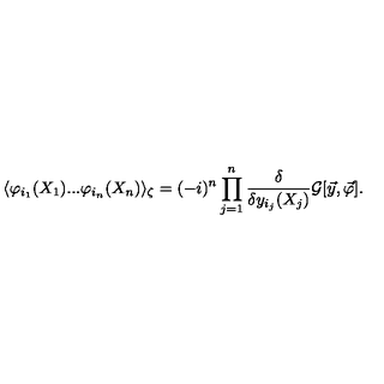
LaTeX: \langle \varphi _ { i _ { 1 } } ( X _ { 1 } ) . . . \varphi _ { i _ { n } } ( X _ { n } ) \rangle _ { \zeta } = ( - i ) ^ { n } \prod _ { j = 1 } ^ { n } \frac { \delta } { \delta y _ { i _ { j } } ( X _ { j } ) } { \cal G } [ \vec { y } , \vec { \varphi } ] \raisebox { - 2 . 8 5 m m } { \scriptsize { \vec { y } = 0 } } .